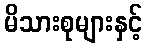
မိသားစုများနှင့်